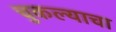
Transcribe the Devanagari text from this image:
चुकल्याचा